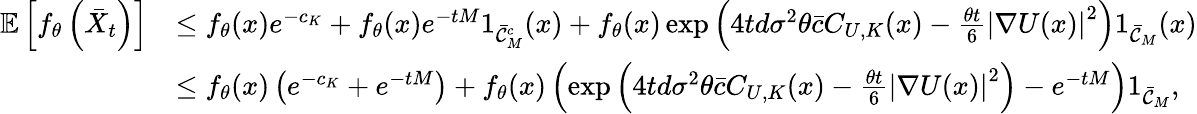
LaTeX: \begin{array}{rl}{\mathbb{E}\left[f_{\theta}\left(\bar{X}_{t}\right)\right]}&{\le f_{\theta}(x)e^{-c_{K}}+f_{\theta}(x)e^{-tM}1_{\bar{\cal C}_{M}^{c}}(x)+f_{\theta}(x)\exp\left(4td\sigma^{2}\theta\bar{c}C_{U,K}(x)-\frac{\theta t}{6}\left|\nabla U(x)\right|^{2}\right)1_{\bar{\cal C}_{M}}(x)}\\ &{\le f_{\theta}(x)\left(e^{-c_{K}}+e^{-tM}\right)+f_{\theta}(x)\left(\exp\left(4td\sigma^{2}\theta\bar{c}C_{U,K}(x)-\frac{\theta t}{6}\left|\nabla U(x)\right|^{2}\right)-e^{-tM}\right)1_{\bar{\cal C}_{M}},}\end{array}